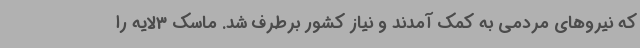
که نیروهای مردمی به کمک آمدند و نیاز کشور برطرف شد. ماسک 3لایه را